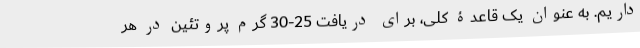
داریم. به عنوان یک قاعدۀ کلی، برای دریافت 25-30 گرم پروتئین در هر